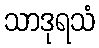
သာဒုရသံ